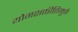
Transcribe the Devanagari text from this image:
योगशक्तीतिमुळे